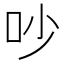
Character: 吵